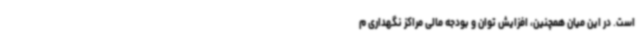
است. در این میان همچنین، افزایش توان و بودجه مالی مراکز نگهداری م